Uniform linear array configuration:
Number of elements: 48
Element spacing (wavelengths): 1
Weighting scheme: uniform
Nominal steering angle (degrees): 15
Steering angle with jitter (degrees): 13.858
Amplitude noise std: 0.05
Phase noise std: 0.05

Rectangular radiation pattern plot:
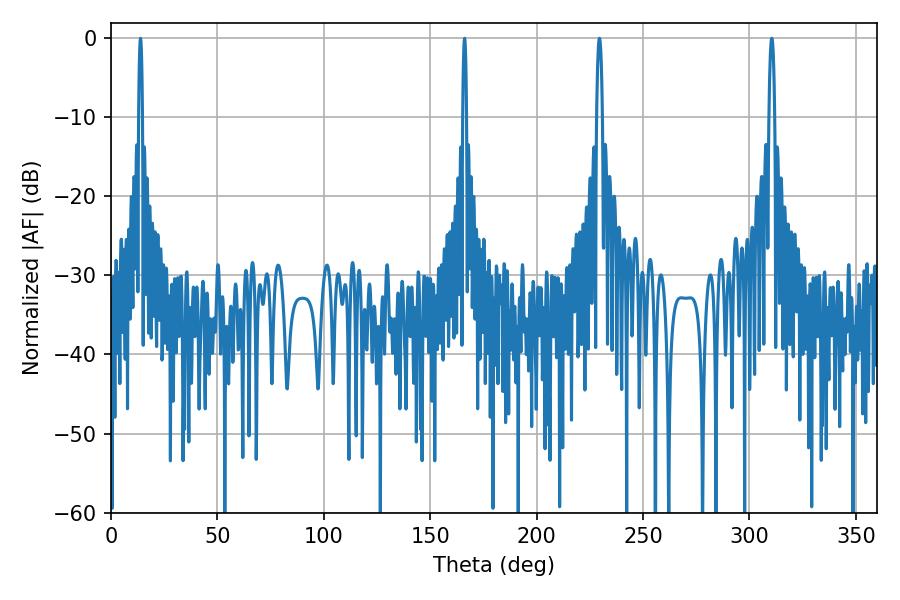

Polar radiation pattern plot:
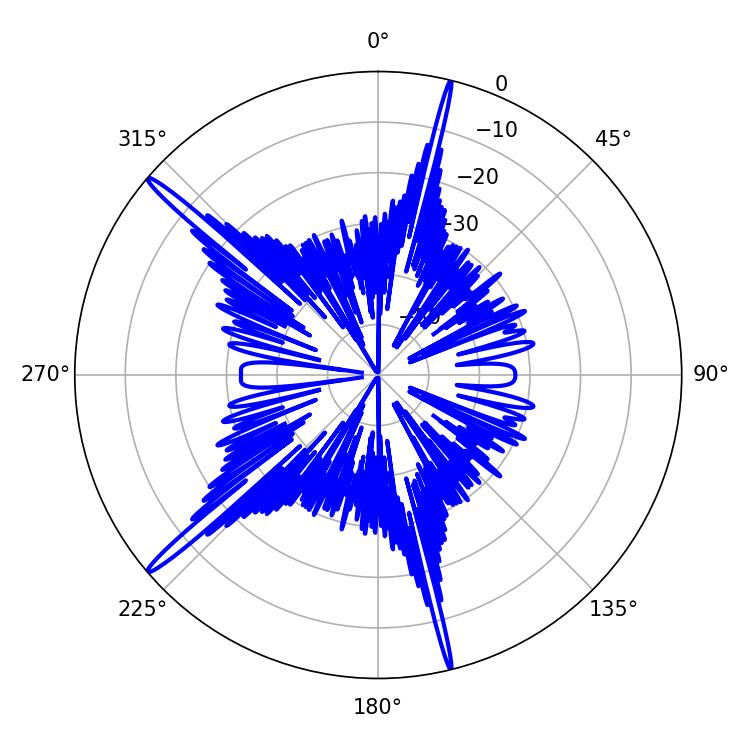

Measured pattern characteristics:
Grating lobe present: TRUE
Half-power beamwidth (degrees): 1.08
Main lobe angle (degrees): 13.86